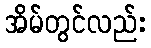
အိမ်တွင်လည်း